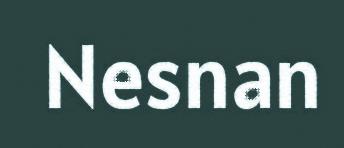
Nesnan